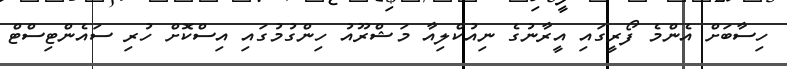
ހިސާބަށް އެންމެ ފޯރީގައި އީރާނުގެ ނިއުކްލިއާ މަޝްރޫއު ހިންގުމުގައި އިސްކޮށް ހުރި ސައެންޓިސްޓް